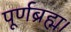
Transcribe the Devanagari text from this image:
पूर्णब्रह्म।